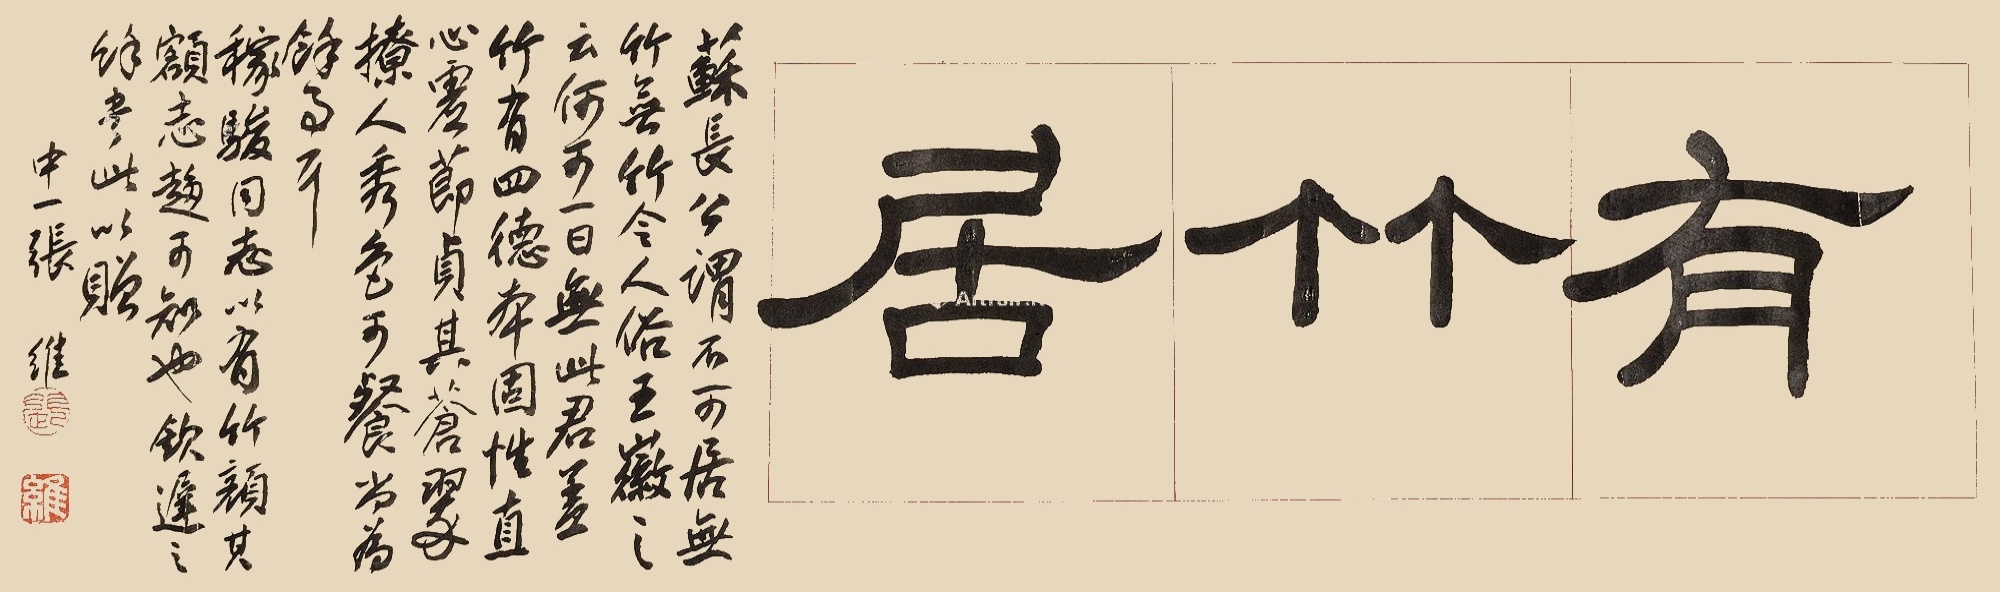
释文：有竹居。苏长公谓：‘不可居无竹，无竹令人俗。’王徽之云：‘何可一日无此君。’盖竹有四德：本固、性直、心虚、节贞。其苍翠撩人，秀色可餐，尚为余事耳。稼骏同志以有竹颜其额，志趋可知也。钦迟之余，书此以赠。中一张维。